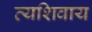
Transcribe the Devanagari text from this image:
त्यशिवाय